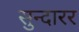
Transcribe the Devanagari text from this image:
सुन्दारर